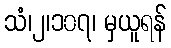
သံ၊၂၊၁၀၇၊ မှယူရန်